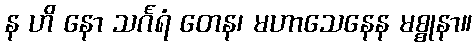
န ဟိ နော သင်္ဂရံ တေန၊ မဟာသေနေန မစ္စုနာ။